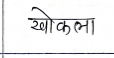
मजकूर: खोकला